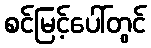
စင်မြင့်ပေါ်တွင်